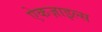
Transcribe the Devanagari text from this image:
ऐकज़ाइल्स